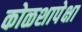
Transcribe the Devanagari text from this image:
कोळशापेक्षा